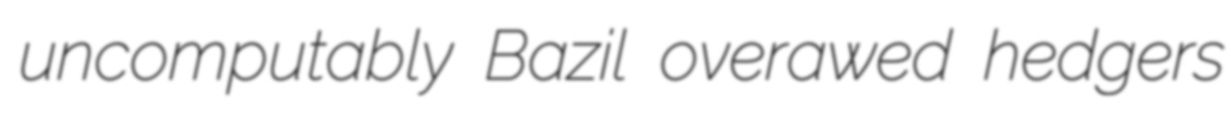
uncomputably Bazil overawed hedgers